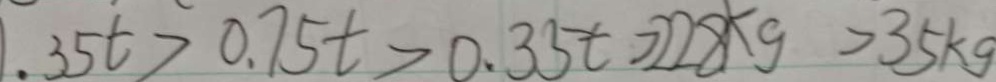
1 . 3 5 t > 0 . 7 5 t > 0 . 3 5 t > 2 2 8 k g > 3 5 k g